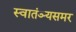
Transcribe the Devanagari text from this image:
स्वातंञ्यसमर